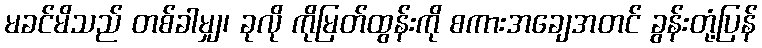
မခင်မိသည် တစ်ခါမျှ၊ ခုလို ကိုမြတ်ထွန်းကို စကားအချေအတင် ခွန်းတုံ့ပြန်